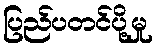
ပြည်ပတင်ပို့မှု